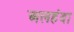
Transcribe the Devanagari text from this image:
अलहंदा